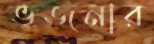
ভজনার